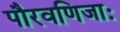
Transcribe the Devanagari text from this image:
पौरवणिजाः